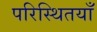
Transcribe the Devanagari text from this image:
परिस्थितयाँ